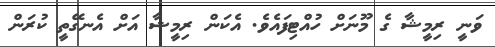
ވަނީ ރިމީޝާ ގެ މޫނަށް ހުއްޓިފައެވެ. އެކަން ރިމީޝާ އަށް އެނގޭތީ ކުރަން